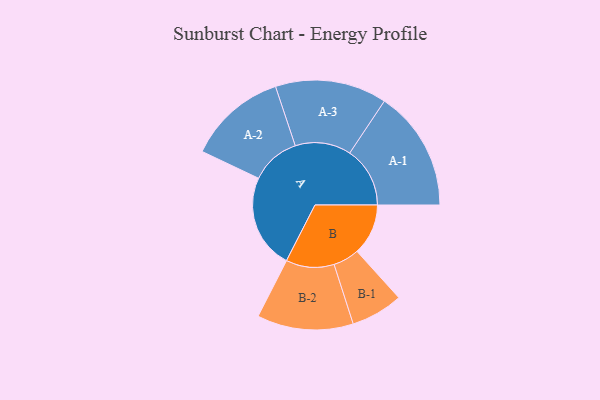
{"axis": {"x": "Segment", "y": "Value"}, "legend": ["", "A", "B"], "data": [{"x": "A", "y": 428, "type": ""}, {"x": "B", "y": 232, "type": ""}, {"x": "A-1", "y": 273, "type": "A"}, {"x": "A-2", "y": 224, "type": "A"}, {"x": "A-3", "y": 253, "type": "A"}, {"x": "B-1", "y": 118, "type": "B"}, {"x": "B-2", "y": 218, "type": "B"}]}